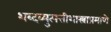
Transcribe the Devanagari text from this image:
शब्दव्युत्पत्तीशास्त्राप्रमाणे